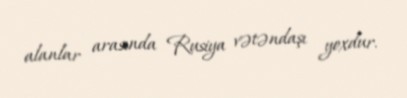
alanlar arasında Rusiya vətəndaşı yoxdur.